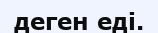
деген еді.